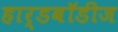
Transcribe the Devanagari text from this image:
हार्डबॉडीज